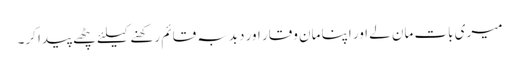
میری بات مان لے اور اپنا مان وقار اور دبدبہ قائم رکھنے کیلئے پٹھے پیدا کر۔